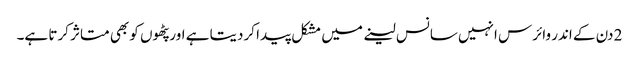
2 دن کے اندر وائرس انہیں سانس لینے میں مشکل پیدا کردیتا ہے اور پٹھوں کو بھی متاثر کرتا ہے۔